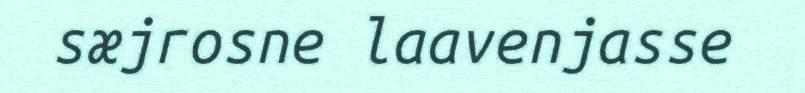
sæjrosne laavenjasse